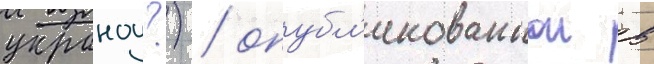
украноу?) / опубл'икованнои в